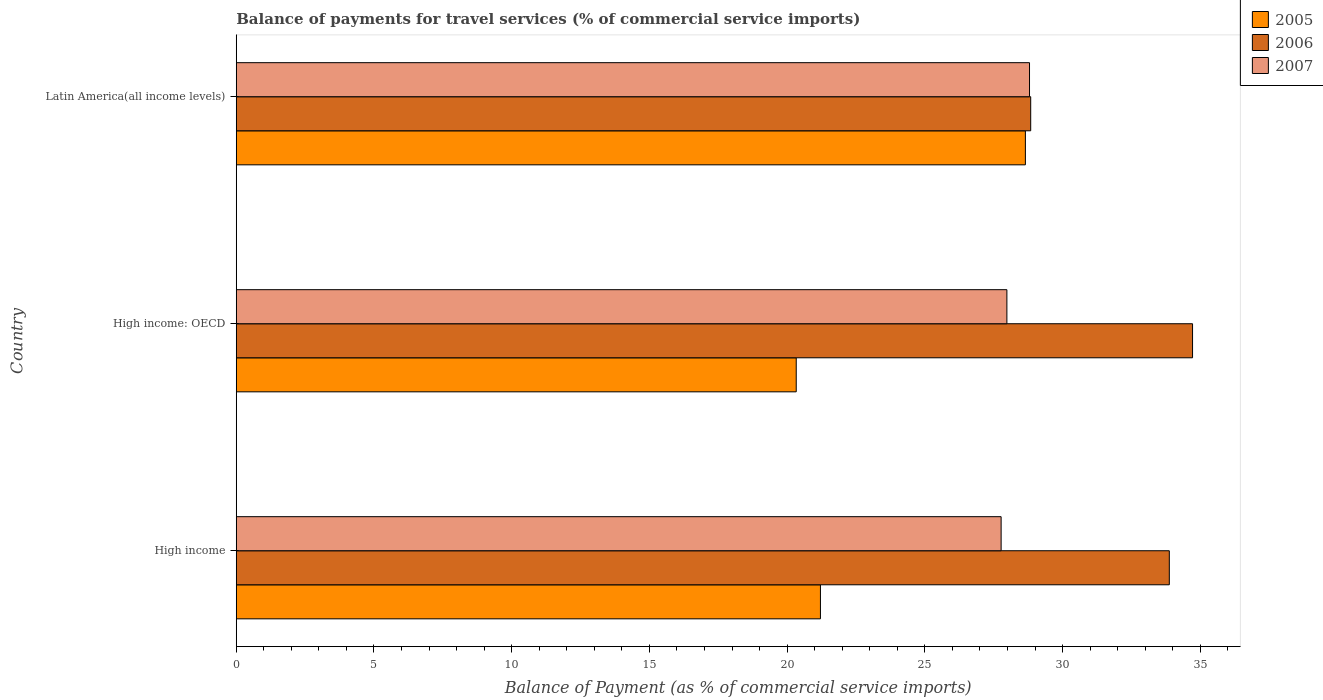
| Country | 2005 | 2006 | 2007 |
 | --- | --- | --- | --- |
 | High income | 21.2 | 33.9 | 27.8 |
 | High income: OECD | 20.3 | 34.7 | 28 |
 | Latin America(all income levels) | 28.7 | 28.8 | 28.8 |